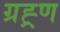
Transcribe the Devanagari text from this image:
ग्रह्र्ण